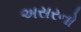
અસરનો